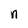
Character: n